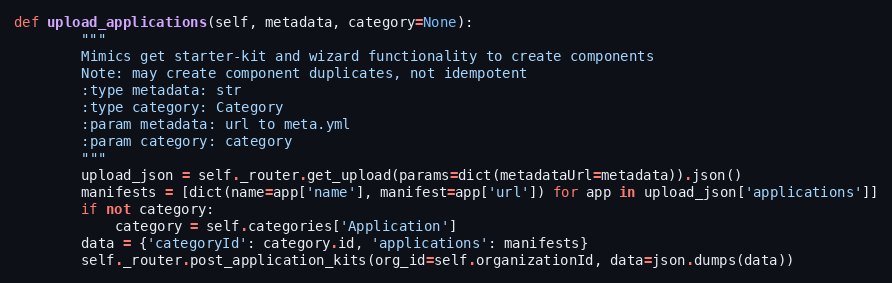
Language: Python
def upload_applications(self, metadata, category=None):
        """
        Mimics get starter-kit and wizard functionality to create components
        Note: may create component duplicates, not idempotent
        :type metadata: str
        :type category: Category
        :param metadata: url to meta.yml
        :param category: category
        """
        upload_json = self._router.get_upload(params=dict(metadataUrl=metadata)).json()
        manifests = [dict(name=app['name'], manifest=app['url']) for app in upload_json['applications']]
        if not category:
            category = self.categories['Application']
        data = {'categoryId': category.id, 'applications': manifests}
        self._router.post_application_kits(org_id=self.organizationId, data=json.dumps(data))